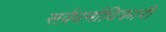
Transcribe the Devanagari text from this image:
सर्वधर्माधिकारी